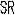
SR